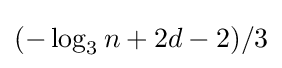
(-\log _{3}{n}+2d-2)/3